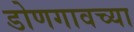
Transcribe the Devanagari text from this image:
डोणगावच्या